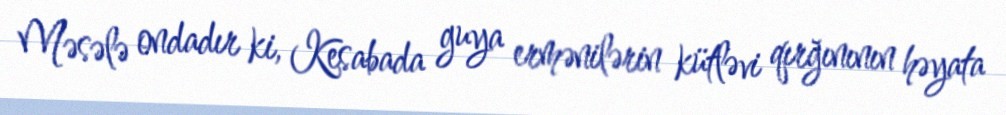
Məsələ ondadır ki, Kesabada guya ermənilərin kütləvi qırğınının həyata